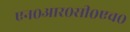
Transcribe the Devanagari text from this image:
एन०आर०सी०एच०